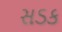
સડક